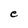
Character: e